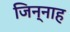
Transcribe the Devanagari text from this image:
जिन्‍नाह